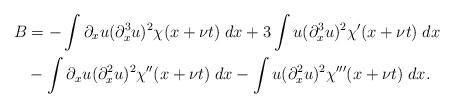
\begin{align*} B&= - \int \partial_xu(\partial_x^3u)^2 \chi(x+\nu t) \; dx + 3 \int u(\partial_x^3u)^2 \chi'(x+\nu t) \; dx \\&- \int \partial_xu(\partial_x^2u)^2\chi''(x+\nu t) \; dx- \int u(\partial_x^2u)^2\chi'''(x+\nu t) \; dx.\end{align*}